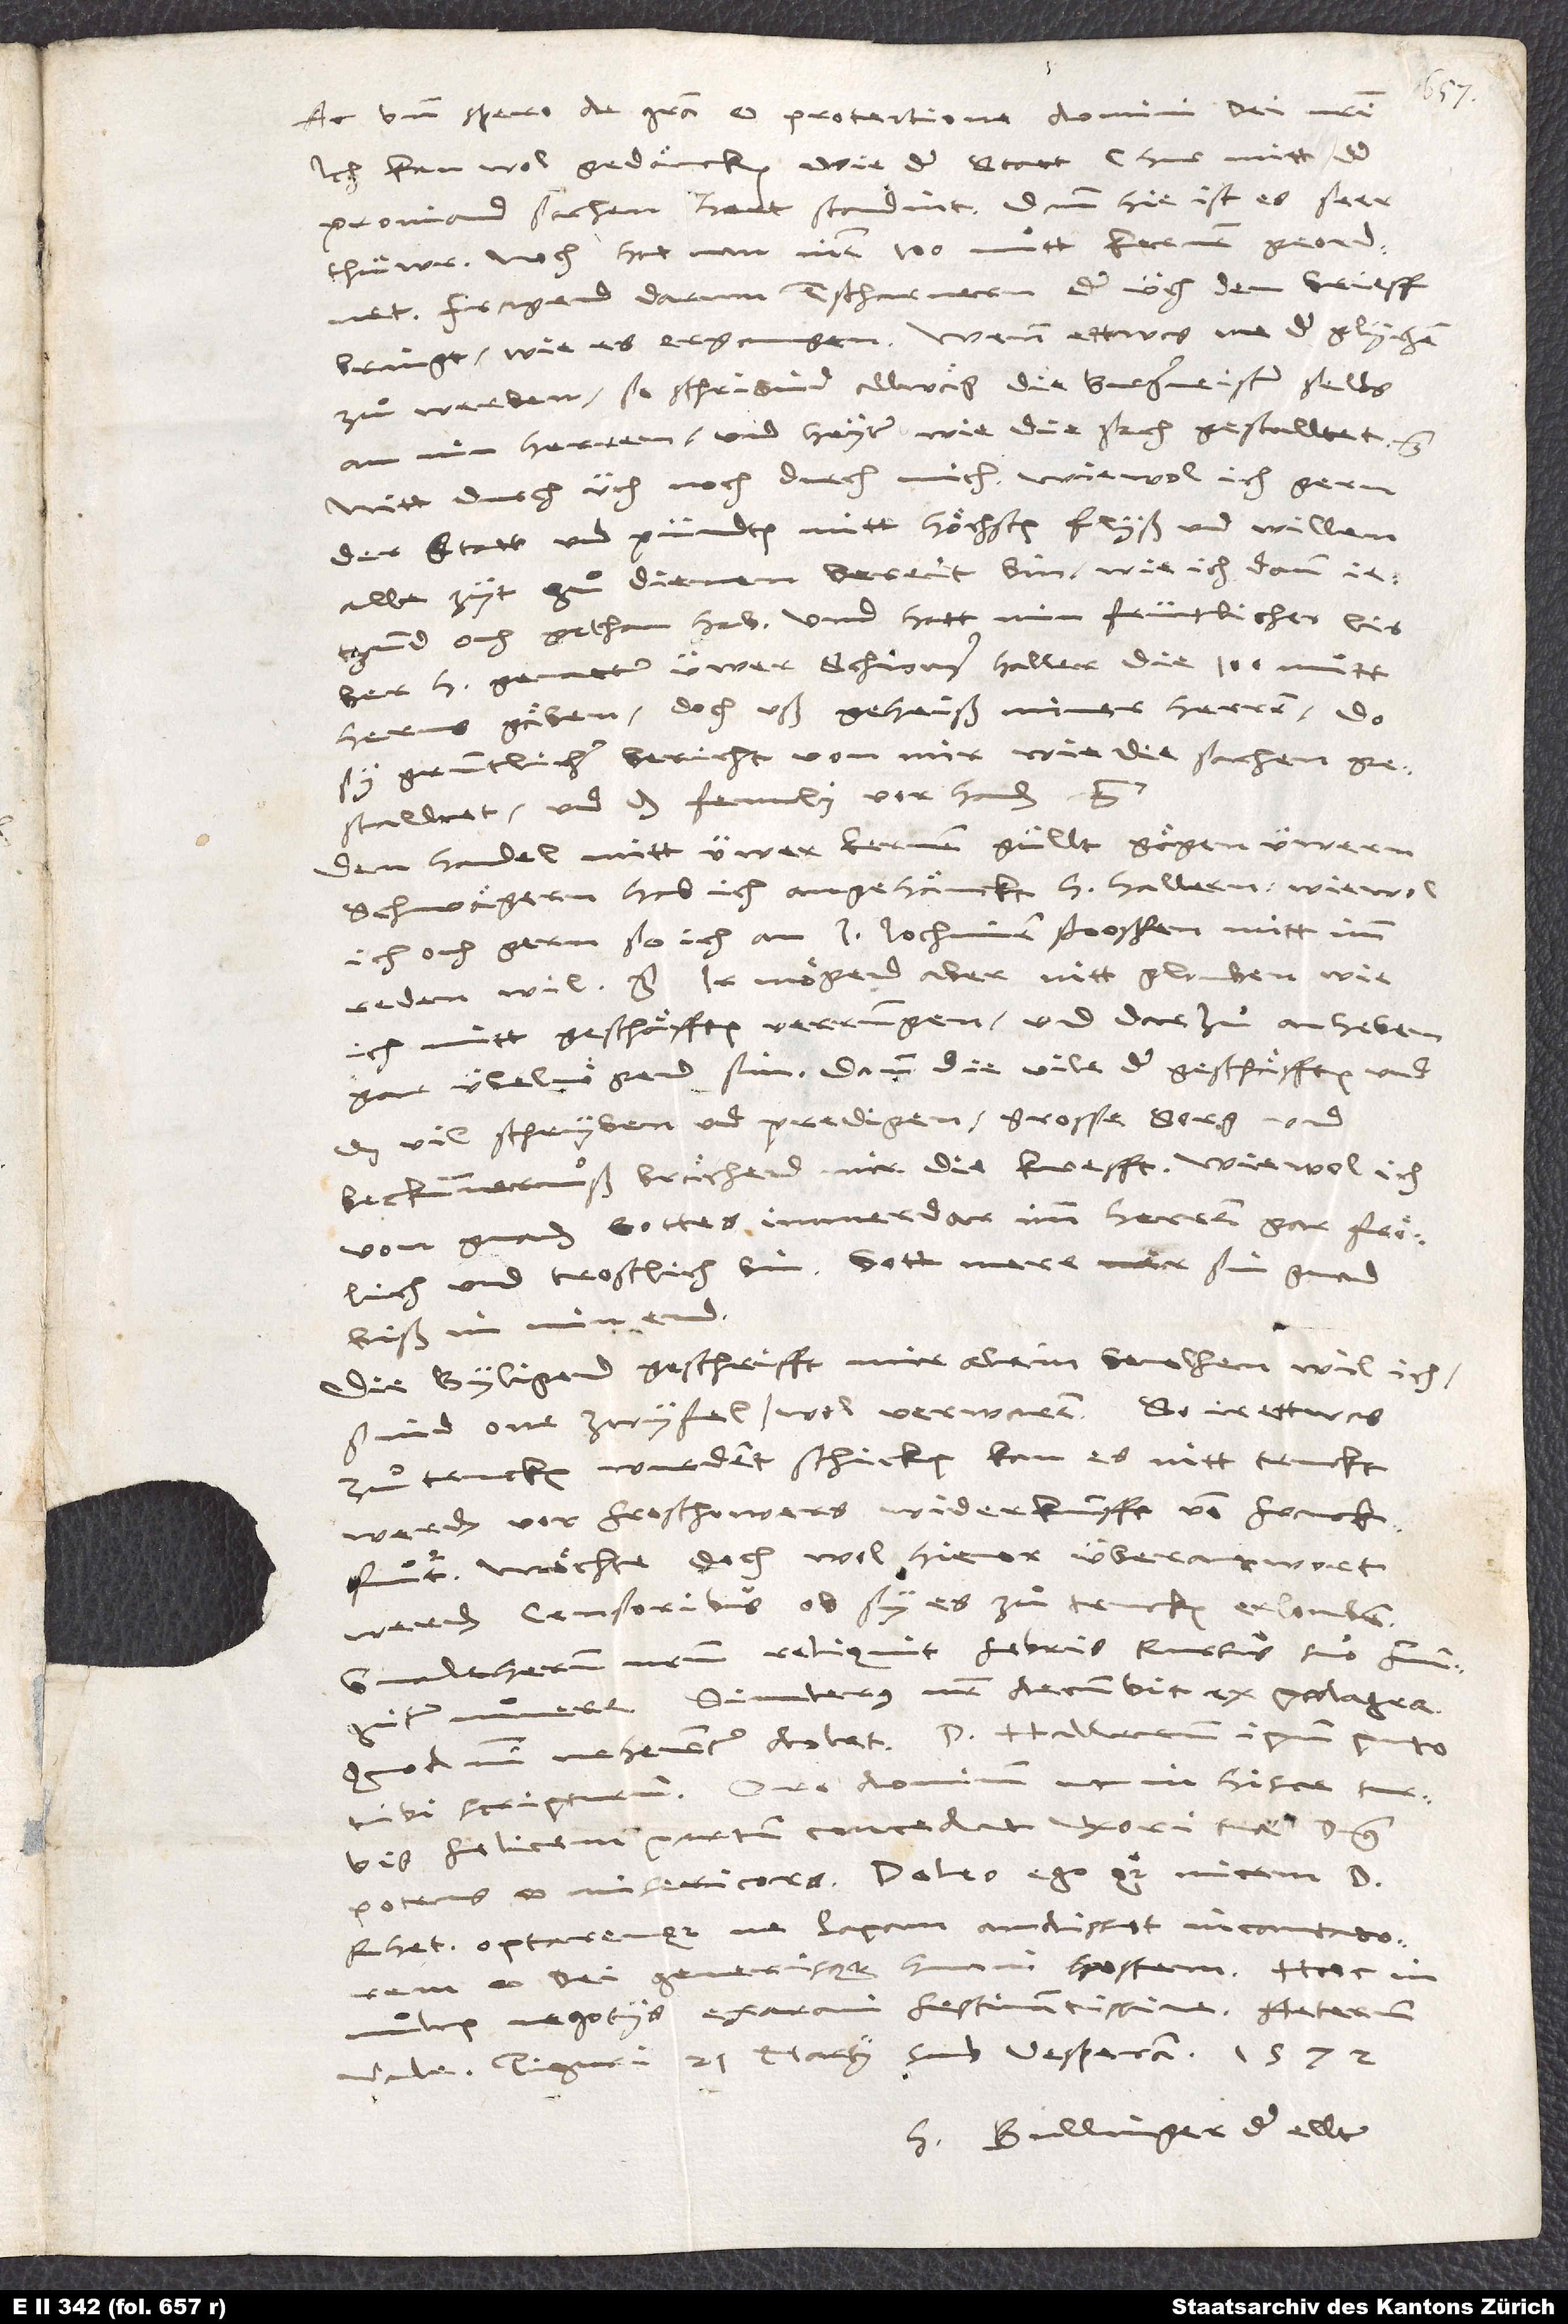
herusgäben, doch uß geheiß miner herren, do
gruntlicher bericht von mir, wie die sachen gestalltet
Den handel mitt üwer kernengällt gägen üwern
ich och gern, so ich an j Jochimen stoossen, mitt imm
reden wil etc. Ir mögend aber nitt glouben, wie
ich mitt geschäfften verrungen und darzuͦ anheben
gar übelmögend sin; dann die vile der geschäfften und
das vil schryben und predigen, grosse sorg und
bekummernuß brächen mir die krafft, wiewol ich
von gnaden gottes immerdar imm herren gar frölich
und trostlich bin. Gott mere sin gnad
biß in min end!
Die byligend geschrifft, mir alein bevolhen, wil ich,
sind one zwyfel, wol verwaren. So ir ettwas
zuͦ trucken wurdent schicken, kan es nitt truckt
werden vor Froschowers widerkunfft von Franckfurt,
möchte doch wol hievor überantwort
werden censoribus, ob sy es zuͦ trucken erlouben.
Gvaltherum nostrum reliquit febris; rursus suo fungitur
munere. Simlerus noster decumbit ex podagra,
quod mihi vehementer dolet. D. Hallerum ipsum puto
tibi scripturum. Oro dominum, ut in hisce turbis
felicem partum concedat uxori tuae; dominus
potens et misericors. Doleo ego quoque vicem d.
Rhetiensis optaremque, ne papam audisset
et dei generisque humani hostem. Haec in
multis negotiis exaravi festinantissime. Aeternum
vale. Tiguri 21. martii sub vesperam 1572.
H Bullinger, der ellter